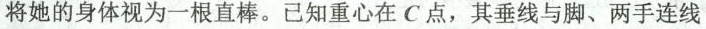
将她的身体视为一根直棒。已知重心在C点，其垂线与脚、两手连线